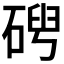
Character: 𥓦